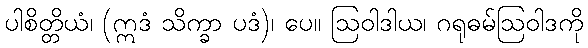
ပါစိတ္တိယံ၊ (ဣဒံ သိက္ခာ ပဒံ)၊ ပေ။ ဩဝါဒါယ၊ ဂရုဓမ်ဩဝါဒကို